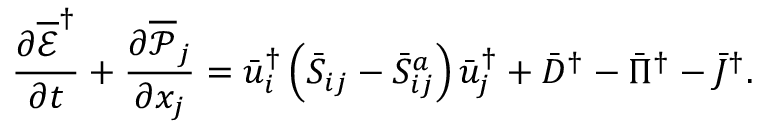
\frac { { \partial { { \overline { { \mathcal E } } } ^ { \dag } } } } { { \partial t } } + \frac { { \partial { { \overline { { \mathcal P } } } _ { j } } } } { { \partial { x _ { j } } } } = \bar { u } _ { i } ^ { \dag } \left( { { { \bar { S } } _ { i j } } - \bar { S } _ { i j } ^ { a } } \right) \bar { u } _ { j } ^ { \dag } + { { \bar { D } } ^ { \dag } } - { { \bar { \Pi } } ^ { \dag } } - { { \bar { J } } ^ { \dag } } .